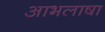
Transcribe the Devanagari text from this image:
आभलाषा